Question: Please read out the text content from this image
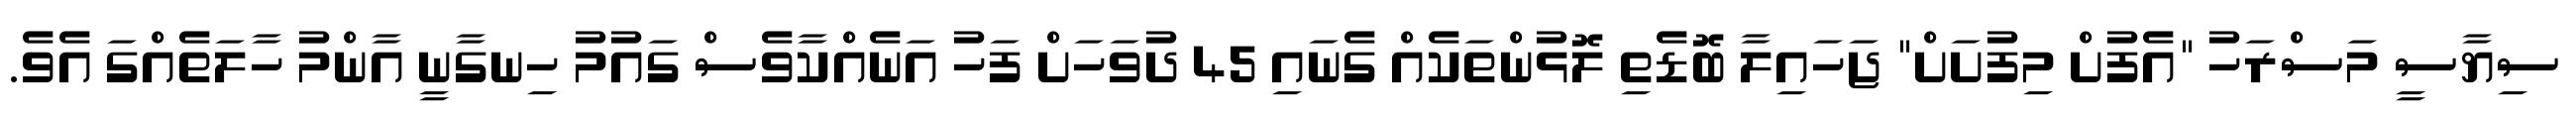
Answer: ސިޔާސީ މަސްރަހު "އެފުށް މިފުށަށް" ޖަހައިލާ ބޮޑެތި ލޮޅުންތަކެއް ގެނައި 45 ދުވަހަށް ފަހު އަނެއްކާވެސް ގައުމު ހިނގާނީ އާންމު ހާލަތެއްގަ އެވެ.